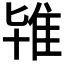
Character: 𨾙